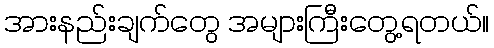
အားနည်းချက်တွေ အများကြီးတွေ့ရတယ်။